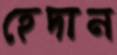
হেদান